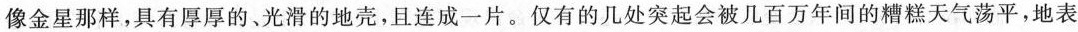
像金星那样，具有厚厚的，光滑的地壳，且连成-片。仅有的几处突起会被几百万年间的糟糕天气荡平，地表